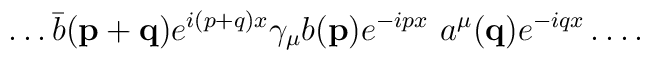
\dots \bar{b}({\mathbf{p+q}}) e^{i(p+q)x} \gamma_\mu b({\mathbf{p}}) e^{-ipx}\,\, a^\mu({\mathbf{q}}) e^{-iqx} \dots .